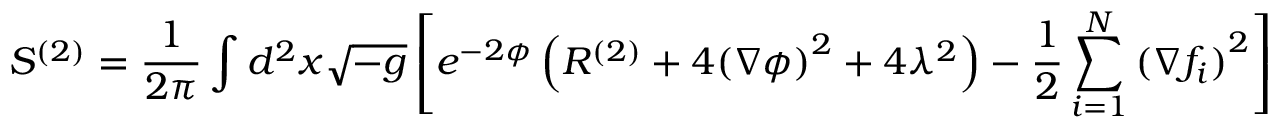
S ^ { ( 2 ) } = \frac { 1 } { 2 \pi } \int d ^ { 2 } x \sqrt { - g } \left[ e ^ { - 2 \phi } \left( R ^ { ( 2 ) } + 4 { ( \nabla \phi ) } ^ { 2 } + 4 \lambda ^ { 2 } \right) - \frac { 1 } { 2 } \sum _ { i = 1 } ^ { N } { ( \nabla f _ { i } ) } ^ { 2 } \right]